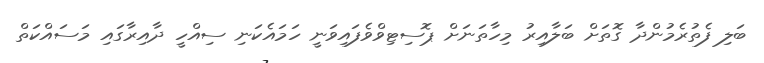
ބަލި ފެތުރެމުންދާ ގޮތަށް ބަލާއިރު މިހާތަނަށް ޕޮސިޓިވްވެފައިވަނީ ހަމައެކަނި ސިއްހީ ދާއިރާގައި މަސައްކަތް